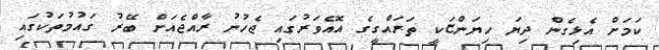
ކަމަށް އެޅިގެން ދިޔަ ހިޔަންޏަކީ ތަރައްގީގެ އޮއެވަރުގައި ޖެހުނު ރާއްޖެއަށް ބޭރު ގައުމުތަކުގައި